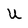
Character: U